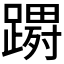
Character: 𮜔